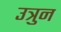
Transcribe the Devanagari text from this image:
उत्रुन